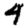
Digit: 4